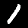
Label: 1